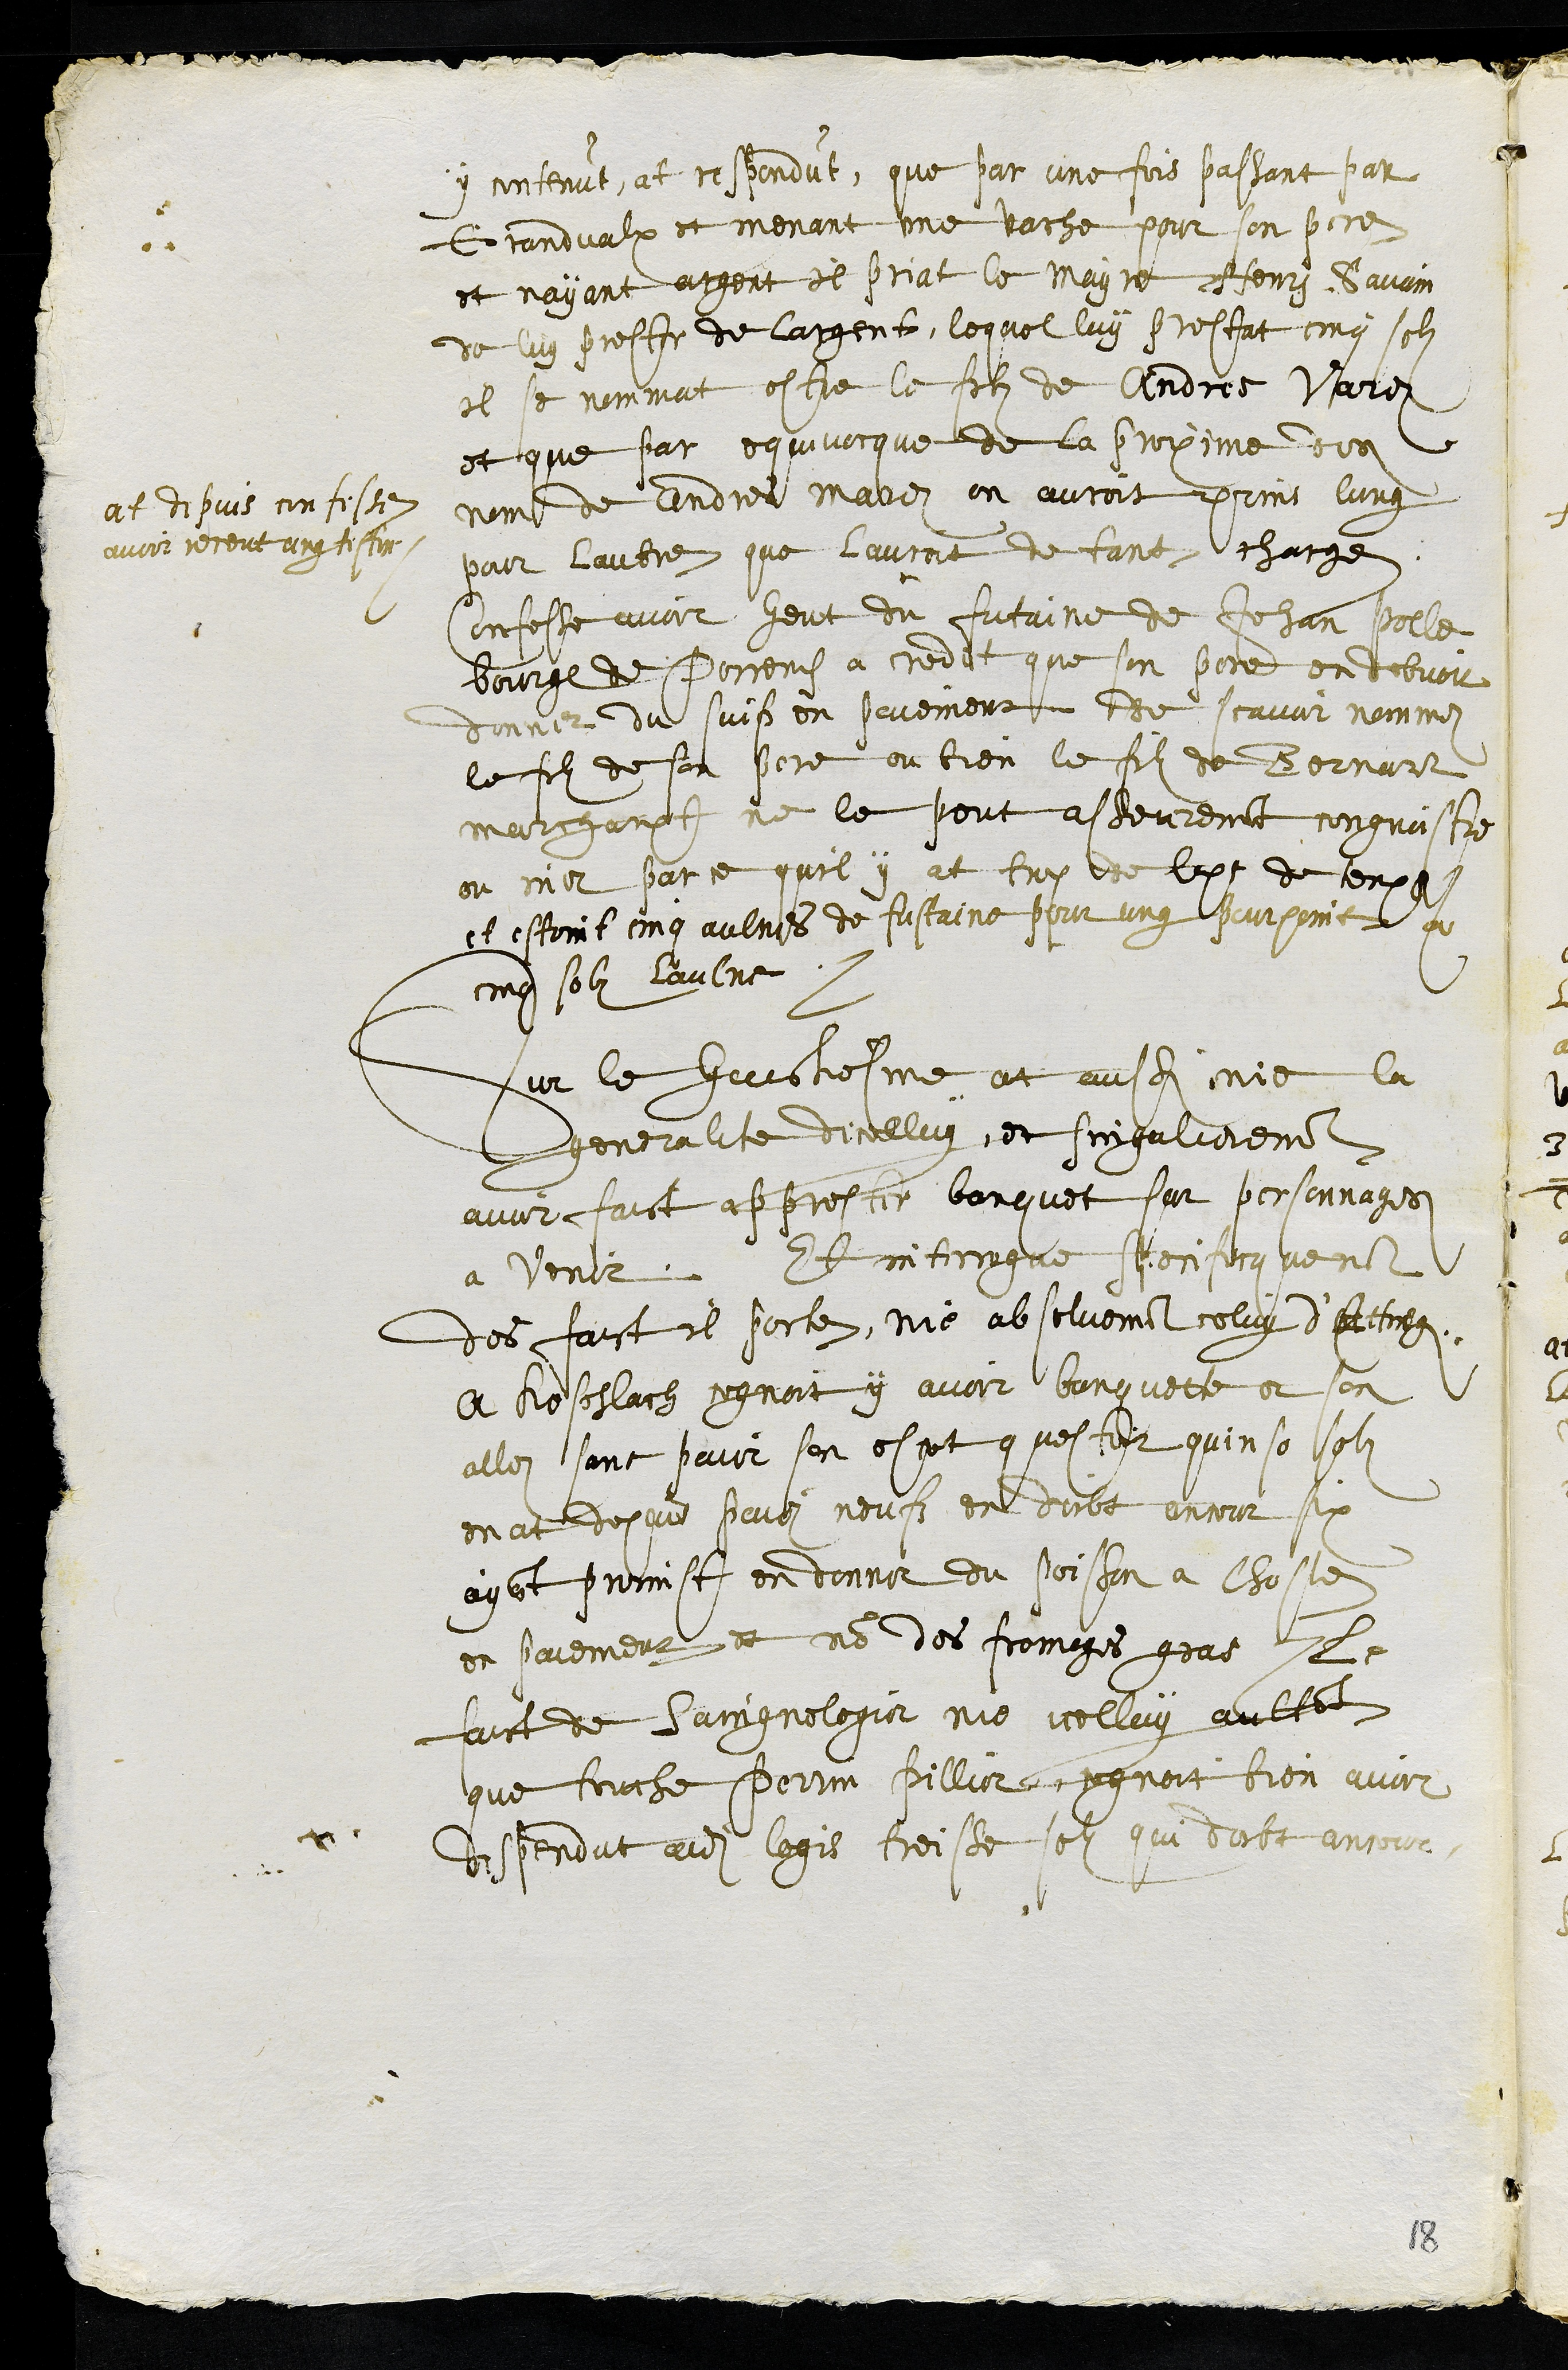
y contenut, at respondut, que par une fois passant par
Grandvalx et menant une vache pour son pere
et nayant argent il priat le mayre Henry Savain
de luy prester de largent, lequel luy prestat cinq solz
il se nommat estre le filz de Andres Varez
et que par equivocque de la proxime des
nom de Andres marez on auroit prins lung
pour lautre que lauroit de tant charge
at depuis confesse
avoir receut ung teston
Confesse avoir heut du futaine de Jehan Polle
bourge de Porrentruy a credit que son pere en debvoit
donner du suif en paiement, de scavoir nommez
le filz de son pere ou bien le filz de Bernart
marchampt ne le peut asseurement congnoistre
ou nier par ce quil y at trop de longueur de temps
estoint cinq aulnes de fustaine pour ung pourpoint a
cinq solz laulne
sur le huictiesme at aussi nie la
generalite dicelluy, et singulierement
avoir faict appreste banquet sur personnages
a venir. Et interrogue specificquement
des faict il porte, nie absolument celuy d’Ettingen
a Kostlach cognoit y avoir banquette et sen
allez sant paier son escot questoit quinse solz
en at depuis paiez neufz en doibt encour six
ayant promist en donner du poisson a lhoste
en paiement et non des fromages gras Le
faict de Saingnelegier nie icelluy aultant
que touche Perrin Pillier cognoit bien avoir
despendut audit logis treisse solz qui doibt encour
18